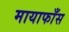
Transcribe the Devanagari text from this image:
मायाफाँस